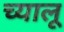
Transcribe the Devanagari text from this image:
च्यालू